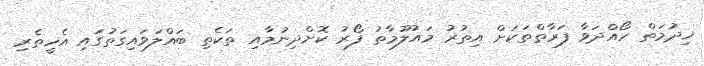
ޚިދުމަތް ހޯއްދަވާ ފަރާތްތަކަށް އިތުރު މައުލޫމާތު ފޯރު ކޮށްދިނުމާއި ތަކެތި ބައްލަވައިގަތުގައި އެހީތެރި